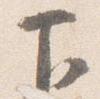
下